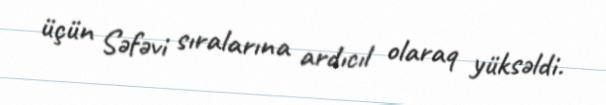
üçün Səfəvi sıralarına ardıcıl olaraq yüksəldi.